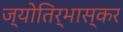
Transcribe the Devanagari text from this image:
ज्योतिर्भास्कर